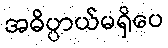
အဓိပ္ပာယ်မရှိပေ